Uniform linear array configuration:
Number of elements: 64
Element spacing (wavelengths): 0.25
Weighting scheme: blackman
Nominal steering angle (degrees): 30
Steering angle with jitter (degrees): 28.612
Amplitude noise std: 0.05
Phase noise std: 0.05

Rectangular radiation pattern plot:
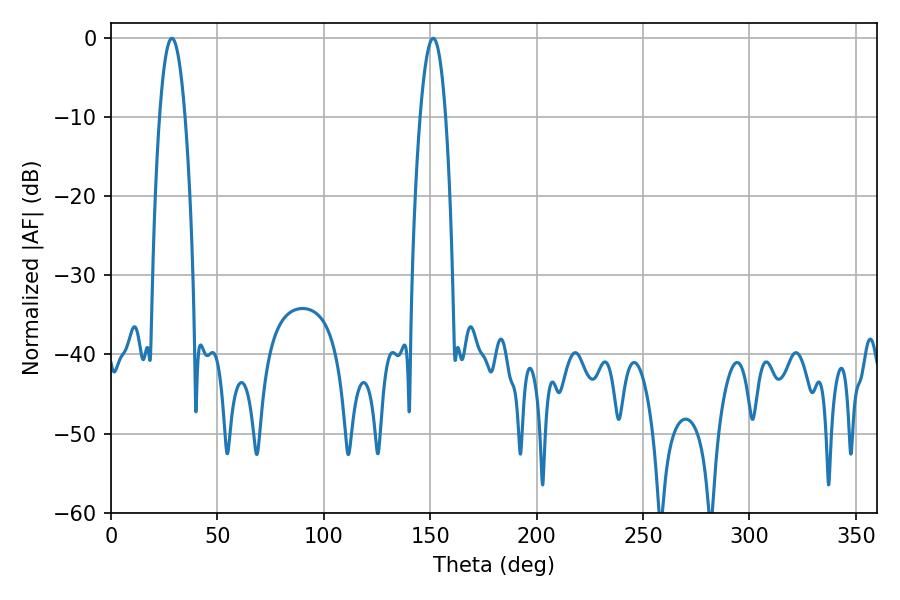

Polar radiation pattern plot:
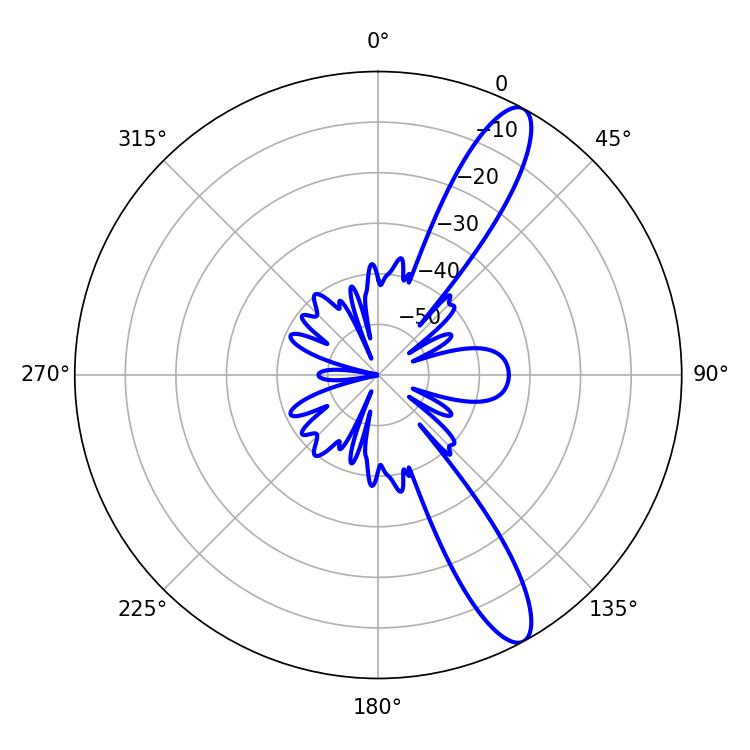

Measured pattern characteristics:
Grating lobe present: FALSE
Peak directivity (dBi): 12.242
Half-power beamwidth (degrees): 6.66
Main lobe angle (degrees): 28.62